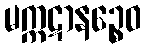
မက္ကဋာနဉ္စေဝ